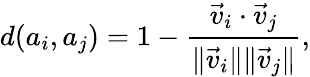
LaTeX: d(a_{i},a_{j})=1-\frac{\vec{v}_{i}\cdot\vec{v}_{j}}{\| \vec{v}_{i}\| \| \vec{v}_{j}\| },